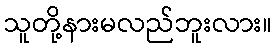
သူတို့နားမလည်ဘူးလား။